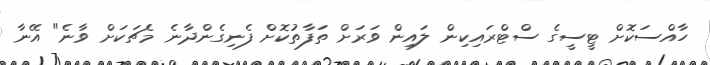
ހާއްސަކޮށް ޓީސީގެ ސްޓްރައިކިން ލައިން ވަރަށް ތަފާތުކޮށް ފެނިގެންދާނެ މެޗަކަށް ވާނެ" އޭނާ